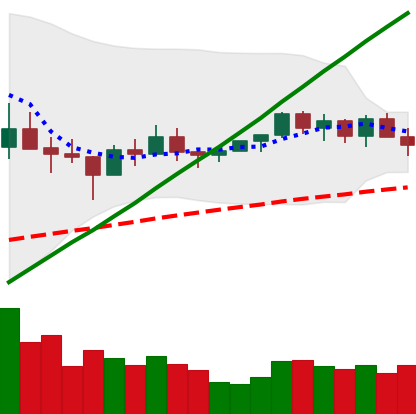
Ticker: NEO-USD
Chart end date: 2021-03-15
Forward return: 11.256%
Label: up_7plus